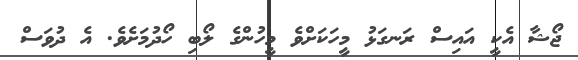
ޖޯޝާ އެކީ އައިސް ރަނގަޅު މީހަކަށްވެ މީހުންގެ ލޯބި ހޯދުމަށެވެ. އެ ދުވަސް